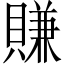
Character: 賺